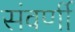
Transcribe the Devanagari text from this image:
संवर्णी